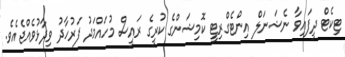
ޓިކެޓް ދީފައިވާ ނެޝަނަލް އިންޓެގްރިޓީ ކޮމިޝަންގެ ކުރީގެ ރައީސް މުހައްމަދު ފަރުހާދު ވިދާޅުވެއްޖެއެވެ.